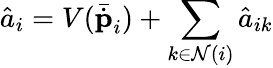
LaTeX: \hat{a}_{i}=V(\bar{\dot{\textbf{p}}}_{i})+\sum_{k\in\mathcal{N}(i)}\hat{a}_{ik}